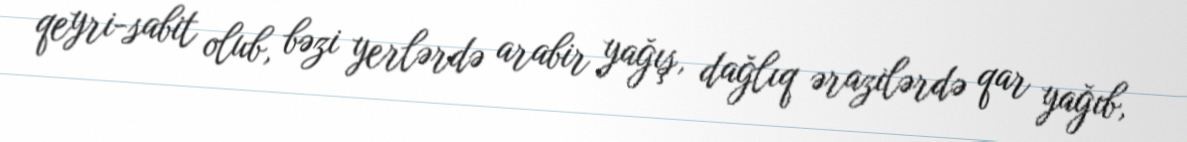
qeyri-sabit olub, bəzi yerlərdə arabir yağış, dağlıq ərazilərdə qar yağıb,